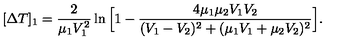
[ \Delta T ] _ { 1 } = { \frac { 2 } { \mu _ { 1 } V _ { 1 } ^ { 2 } } } \ln \Big [ 1 - { \frac { 4 \mu _ { 1 } \mu _ { 2 } V _ { 1 } V _ { 2 } } { ( V _ { 1 } - V _ { 2 } ) ^ { 2 } + ( \mu _ { 1 } V _ { 1 } + \mu _ { 2 } V _ { 2 } ) ^ { 2 } } } \Big ] .